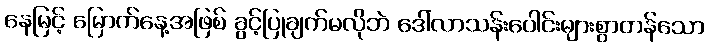
နေမြင့် မြောက်နေ့အဖြစ် ခွင့်ပြုချက်မလိုဘဲ ဒေါ်လာသန်းပေါင်းများစွာတန်သော